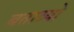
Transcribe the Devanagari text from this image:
बताव्यो